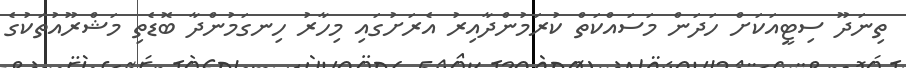
ތިނަދޫ ސިޓީއަކަށް ހަދަން މަސައްކަތް ކުރަމުންދާއިރު އެރަށުގައި މިހާރު ހިނގަމުންދާ ބޮޑެތި މަޝްރޫއުތަކުގެ